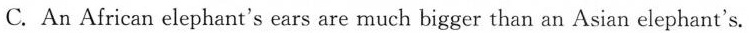
C. An African elephant's ears are much bigger than an Asian elephant's.